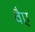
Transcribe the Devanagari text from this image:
वैए